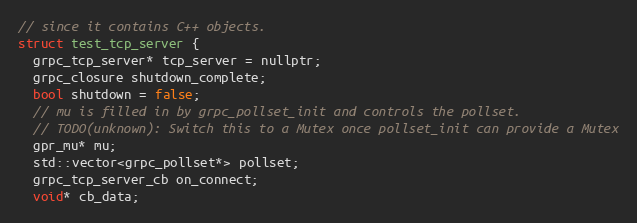
Language: C
// since it contains C++ objects.
struct test_tcp_server {
  grpc_tcp_server* tcp_server = nullptr;
  grpc_closure shutdown_complete;
  bool shutdown = false;
  // mu is filled in by grpc_pollset_init and controls the pollset.
  // TODO(unknown): Switch this to a Mutex once pollset_init can provide a Mutex
  gpr_mu* mu;
  std::vector<grpc_pollset*> pollset;
  grpc_tcp_server_cb on_connect;
  void* cb_data;